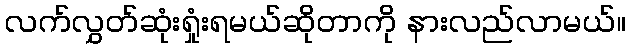
လက်လွှတ်ဆုံးရှုံးရမယ်ဆိုတာကို နားလည်လာမယ်။